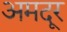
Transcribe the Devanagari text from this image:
अमदूर